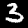
Digit: 3